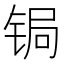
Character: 锔